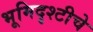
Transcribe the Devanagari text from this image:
भूमिदृश्टीचे